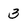
Character: 3